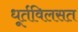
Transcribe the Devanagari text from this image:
धूर्तविलसत